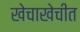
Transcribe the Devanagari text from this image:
खेचाखेचीत